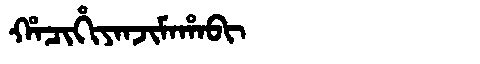
Manchu: ᡥᠠᠴᡳᡥᡳᠶᠠᠨᠵᡳᠮᠠᡥᠠᠪᡳ
Romanization: HACIHIYANJIMAHABI